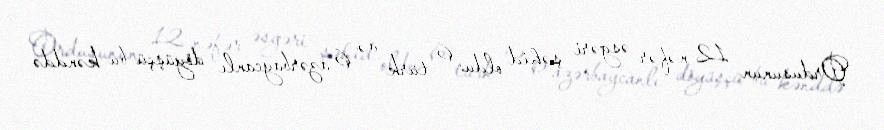
Ordusunun 12 nəfər əsgəri şəhid oldu: 6 türk və 6 azərbaycanlı döyüşçü bu kənddə